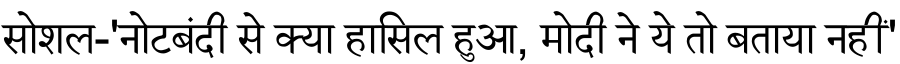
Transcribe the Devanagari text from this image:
सोशल-'नोटबंदी से क्या हासिल हुआ, मोदी ने ये तो बताया नहीं'